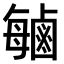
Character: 𫜈